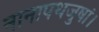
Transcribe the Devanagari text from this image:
नानापथजुषां।